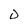
Character: D